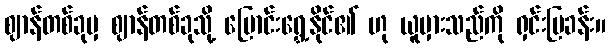
ဈာန်တစ်ခုမှ ဈာန်တစ်ခုသို့ ပြောင်းရွှေ့နိုင်၏ ဟု ယူမှားသည်ကို ရှင်းပြခန်း။